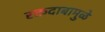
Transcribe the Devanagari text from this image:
रक्तदाबामुळे